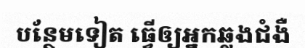
បន្ថែមទៀត ធ្វើឲ្យអ្នកឆ្លងជំងឺ